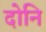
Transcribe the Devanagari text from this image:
दोनि